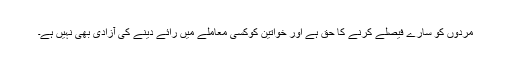
مردوں کو سارے فیصلے کرنے کا حق ہے اور خواتین کوکسی معاملے میں رائے دینے کی آزادی بھی نہیں ہے۔